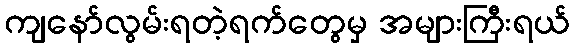
ကျနော်လွမ်းရတဲ့ရက်တွေမှ အများကြီးရယ်